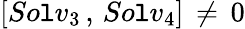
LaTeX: \left[So\mathtt{l}v_{3}\, ,\, So\mathtt{l}v_{4}\right]\, \ne\, 0